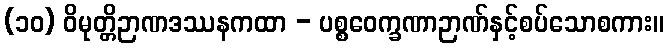
(၁၀) ဝိမုတ္တိဉာဏဒဿနကထာ - ပစ္စဝေက္ခဏာဉာဏ်နှင့်စပ်သောစကား။